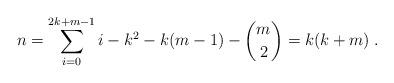
LaTeX: \begin{align*}n = \sum_{i=0}^{2k+m-1} i -k^2 - k(m-1) - {m \choose 2} = k(k+m) \;.\end{align*}